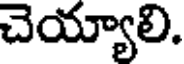
చెయ్యాలి.